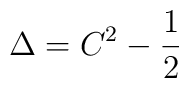
\Delta = C^2 - {1\over 2}